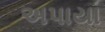
અપાયા